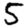
Digit: 5